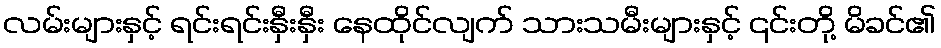
လမ်းများနှင့် ရင်းရင်းနှီးနှီး နေထိုင်လျက် သားသမီးများနှင့် ၎င်းတို့ မိခင်၏